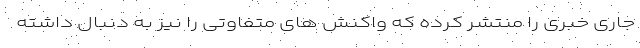
جاری خبری را منتشر کرده که واکنش های متفاوتی را نیز به دنبال داشته